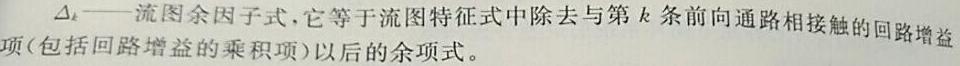
$\Delta _{k}$——流图余因子式，它等于流图特征式中除去与第$k$条前向通路相接触的回路增益项(包括回路增益的乘积项)以后的余项式。